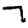
Digit: 7